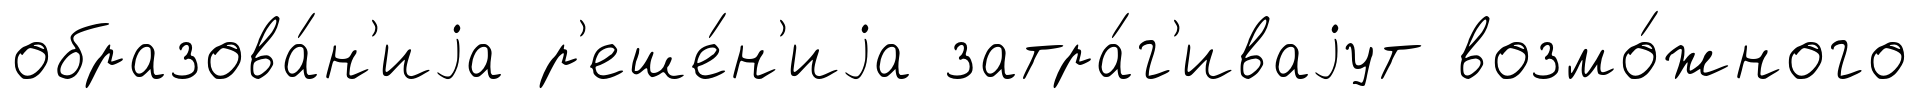
образова́н'иjа р'еше́н'иjа затра́г'иваjут возмо́жного